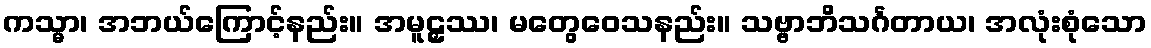
ကသ္မာ၊ အဘယ်ကြောင့်နည်း။ အမူဠှဿ၊ မတွေဝေသနည်း။ သဗ္ဗာဘိသင်္ဂတာယ၊ အလုံးစုံသော